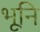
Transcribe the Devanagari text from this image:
भूनि